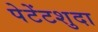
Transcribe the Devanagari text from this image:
पेटेंटशुदा